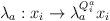
LaTeX: \begin{align*}\lambda_a : x_i \rightarrow \lambda_a^{Q_i^a} x_i\end{align*}